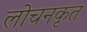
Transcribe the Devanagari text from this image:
लोचनकृत